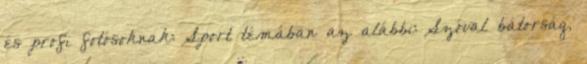
és profi fotósoknak: Sport témában az alábbi: Szóval bátorság,